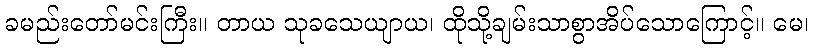
ခမည်းတော်မင်းကြီး။ တာယ သုခသေယျာယ၊ ထိုသို့ချမ်းသာစွာအိပ်သောကြောင့်။ မေ၊